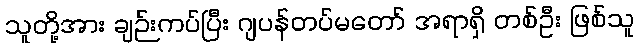
သူတို့အား ချဉ်းကပ်ပြီး ဂျပန်တပ်မတော် အရာရှိ တစ်ဦး ဖြစ်သူ